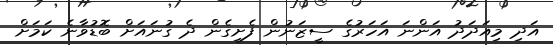
އަދި މިއަދަދު އަންނަ އަހަރުގެ ސީޒަނުން ފެށިގެން ދެ ގުނައަށް ބޮޑުވާނެ ކަމަށް